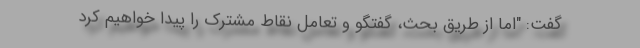
گفت: "اما از طریق بحث، گفتگو و تعامل نقاط مشترک را پیدا خواهیم کرد